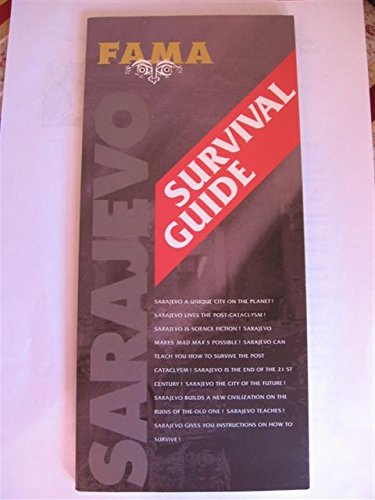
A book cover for Sarajevo: Survival Guide; Miroslav Prstojevic; Travel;